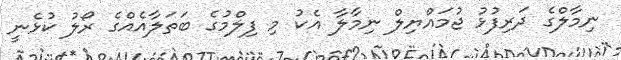
ނިމާލްގެ ދަރިފުޅު ޖުމައްޔިލް ނިމާލާ އެކު މި ފިލްމުގެ ބަތަލާއެއްގެ ރޯލު ކުޅެނީ